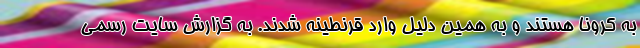
به کرونا هستند و به همین دلیل وارد قرنطینه شدند. به گزارش سایت رسمی